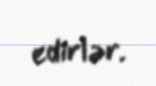
edirlər.